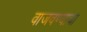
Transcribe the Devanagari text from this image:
वाजवण्याचा